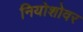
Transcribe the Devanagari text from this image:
नियोशोवर